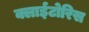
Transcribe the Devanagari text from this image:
क्लाईटोरिस